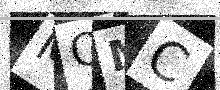
Text: MOMC